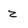
Character: z